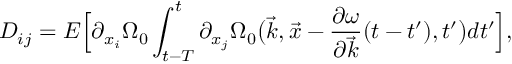
D _ { i j } = E \Big [ \partial _ { { x } _ { i } } \Omega _ { 0 } \int _ { t - T } ^ { t } \partial _ { { x } _ { j } } \Omega _ { 0 } \big ( \vec { k } , \vec { x } - \frac { \partial \omega } { \partial \vec { k } } ( t - t ^ { \prime } ) , t ^ { \prime } \big ) d t ^ { \prime } \Big ] ,